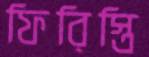
ফিরিস্তি